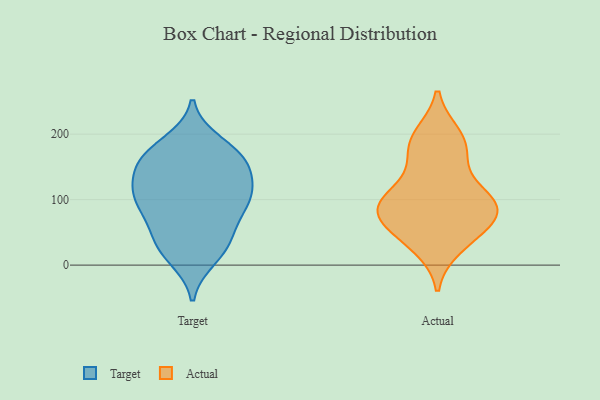
{"axis": {"x": "Production Output", "y": "Value"}, "legend": ["Actual", "Target"], "data": [{"x": "", "y": 104, "type": "Target"}, {"x": "", "y": 41, "type": "Target"}, {"x": "", "y": 161, "type": "Target"}, {"x": "", "y": 150, "type": "Target"}, {"x": "", "y": 118, "type": "Target"}, {"x": "", "y": 74, "type": "Target"}, {"x": "", "y": 171, "type": "Target"}, {"x": "", "y": 31, "type": "Target"}, {"x": "", "y": 12, "type": "Target"}, {"x": "", "y": 164, "type": "Target"}, {"x": "", "y": 27, "type": "Target"}, {"x": "", "y": 153, "type": "Target"}, {"x": "", "y": 106, "type": "Target"}, {"x": "", "y": 108, "type": "Target"}, {"x": "", "y": 186, "type": "Target"}, {"x": "", "y": 106, "type": "Target"}, {"x": "", "y": 77, "type": "Target"}, {"x": "", "y": 96, "type": "Actual"}, {"x": "", "y": 95, "type": "Actual"}, {"x": "", "y": 191, "type": "Actual"}, {"x": "", "y": 40, "type": "Actual"}, {"x": "", "y": 70, "type": "Actual"}, {"x": "", "y": 98, "type": "Actual"}, {"x": "", "y": 86, "type": "Actual"}, {"x": "", "y": 108, "type": "Actual"}, {"x": "", "y": 157, "type": "Actual"}, {"x": "", "y": 60, "type": "Actual"}, {"x": "", "y": 197, "type": "Actual"}, {"x": "", "y": 80, "type": "Actual"}, {"x": "", "y": 29, "type": "Actual"}, {"x": "", "y": 179, "type": "Actual"}]}